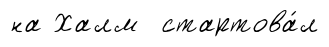
на Халм стартова́л